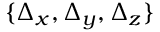
{ \{ \Delta _ { x } , \Delta _ { y } , \Delta _ { z } \} }